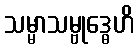
သမ္မာသမ္ဗုဒ္ဓေဟိ